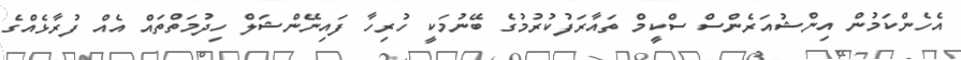
އެހެންކަމުން އިންޝުއަރެންސް ސްކީމް ތައާރަފުކުރުމުގެ ބޭނުމަކީ ހުރިހާ ފައިނޭންޝަލް ހިދުމަތްތައް އެއް ފުރާޅެއްގެ